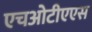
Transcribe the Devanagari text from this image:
एचओटीएएस